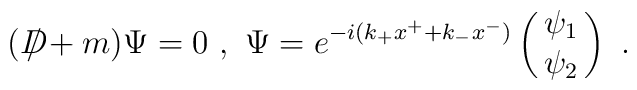
(D\!\!\!\!/+m)\Psi=0\ ,\,\,\Psi=e^{-i(k_+x^++k_-x^-)}\pmatrix{\psi_1\cr\psi_2}\ .